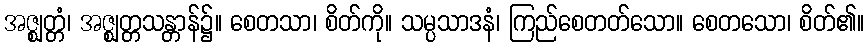
အဇ္ဈတ္တံ၊ အဇ္ဈတ္တသန္တာန်၌။ စေတသာ၊ စိတ်ကို။ သမ္ပသာဒနံ၊ ကြည်စေတတ်သော။ စေတသော၊ စိတ်၏။